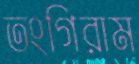
তংগিরাম